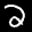
Label: 2